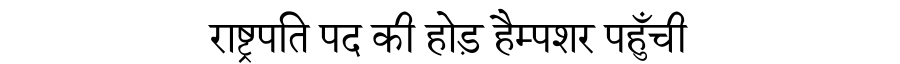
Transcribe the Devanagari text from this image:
राष्ट्रपति पद की होड़ हैम्पशर पहुँची